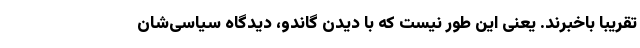
تقریبا باخبرند. یعنی این طور نیست که با دیدن گاندو، دیدگاه سیاسی‌شان